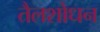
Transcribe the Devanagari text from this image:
तैलशोधन